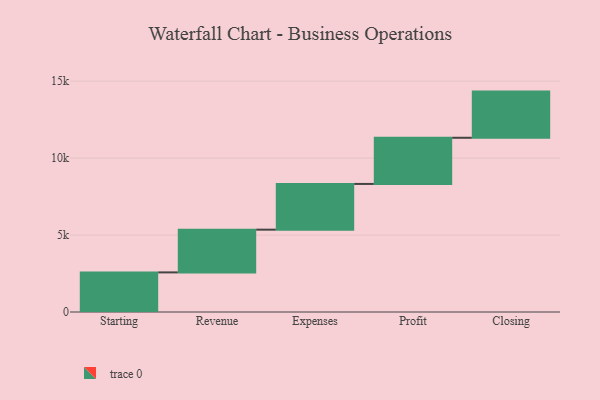
{"axis": {"x": "Step", "y": "Value"}, "legend": [""], "data": [{"x": "Starting", "y": 2574.0, "type": ""}, {"x": "Revenue", "y": 2776.0, "type": ""}, {"x": "Expenses", "y": 2971.0, "type": ""}, {"x": "Profit", "y": 3000, "type": ""}, {"x": "Closing", "y": 3000, "type": ""}]}